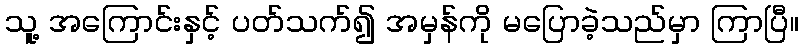
သူ့ အကြောင်းနှင့် ပတ်သက်၍ အမှန်ကို မပြောခဲ့သည်မှာ ကြာပြီ။